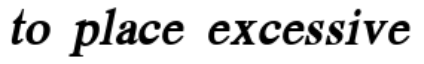
to place excessive